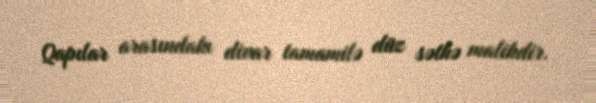
Qapılar arasındakı divar tamamilə düz səthə malikdir.